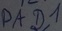
Text: PAD1